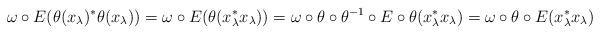
LaTeX: \begin{align*}\omega\circ E(\theta(x_\lambda)^*\theta(x_\lambda))&=\omega\circ E(\theta(x_\lambda^*x_\lambda))=\omega\circ \theta\circ\theta^{-1}\circ E \circ \theta(x_\lambda^* x_\lambda)=\omega\circ\theta\circ E(x_\lambda^* x_\lambda)\end{align*}